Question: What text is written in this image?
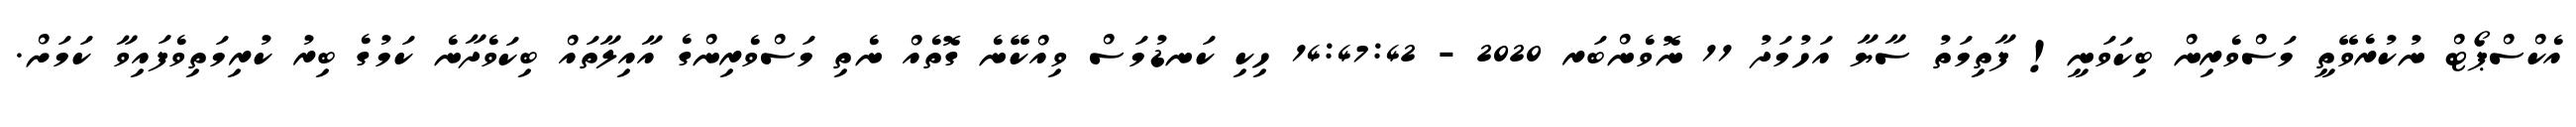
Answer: އެކްސްޕޯޓް ނުކުރެވޭތީ މަސްވެރިން ބިކަވަނީ! ފާތިމަތު ސާޔާ އަހުމަދު 11 ނޮވެންބަރ 2020 - 14:47:42 ހިކި ކަނޑުމަސް ވިއްކޭނެ ގޮތެއް ނެތި މަސްވެރިންގެ އާއިލާތައް ބިކަވެދާނެ ކަމުގެ ބިރު ކުރިމަތިވެފައިވާ ކަމަށް.